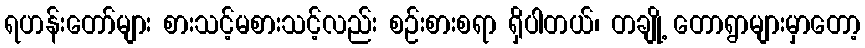
ရဟန်းတော်များ စားသင့်မစားသင့်လည်း စဉ်းစားစရာ ရှိပါတယ်၊ တချို့ တောရွာများမှာတော့